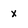
Character: x